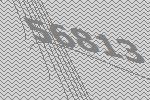
56813